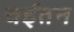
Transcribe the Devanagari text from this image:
चईतन